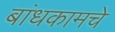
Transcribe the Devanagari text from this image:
बांधकामचे